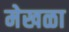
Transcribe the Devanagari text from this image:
मेखळा